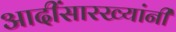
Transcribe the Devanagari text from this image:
आदींसारख्यांनी